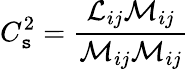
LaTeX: C_{\mathtt{s}}^{2}={\frac{{{\mathcal{{L}}}_{ij}{\mathcal{{M}}}_{ij}}}{{{\mathcal{{M}}}_{ij}{\mathcal{{M}}}_{ij}}}}